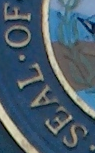
SEAL.OF